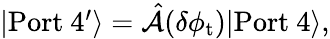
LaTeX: \begin{array}{r}{|\mathrm{Port\ 4^{\prime}}\rangle=\hat{\mathcal{A}}(\delta\phi_{\mathrm{t}})|\mathrm{Port\ 4}\rangle,}\end{array}